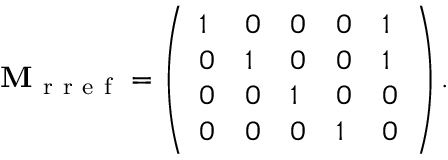
\mathbf { M } _ { \mathrm { ~ r ~ r ~ e ~ f ~ } } = \left( \begin{array} { l l l l l } { 1 } & { 0 } & { 0 } & { 0 } & { 1 } \\ { 0 } & { 1 } & { 0 } & { 0 } & { 1 } \\ { 0 } & { 0 } & { 1 } & { 0 } & { 0 } \\ { 0 } & { 0 } & { 0 } & { 1 } & { 0 } \end{array} \right) .